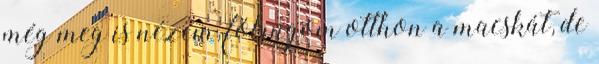
még meg is nézem, fölrúgom otthon a macskát, de